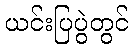
ယင်းပြပွဲတွင်